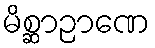
မိစ္ဆာဉာဏေ